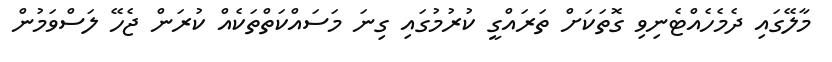
މާލޭގައި ދެމެހެއްޓެނިވި ގޮތަކަށް ތަރައްގީ ކުރުމުގައި ގިނަ މަސައްކަތްތަކެއް ކުރަން ޖެހޭ ލަސްވަމުން